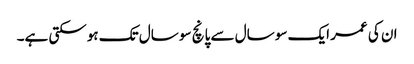
ان کی عمر ایک سو سال سے پانچ سو سال تک ہوسکتی ہے۔